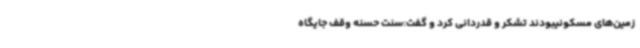
زمین‌های مسکونیبودند تشکر و قدردانی کرد و گفت:سنت حسنه وقف جایگاه